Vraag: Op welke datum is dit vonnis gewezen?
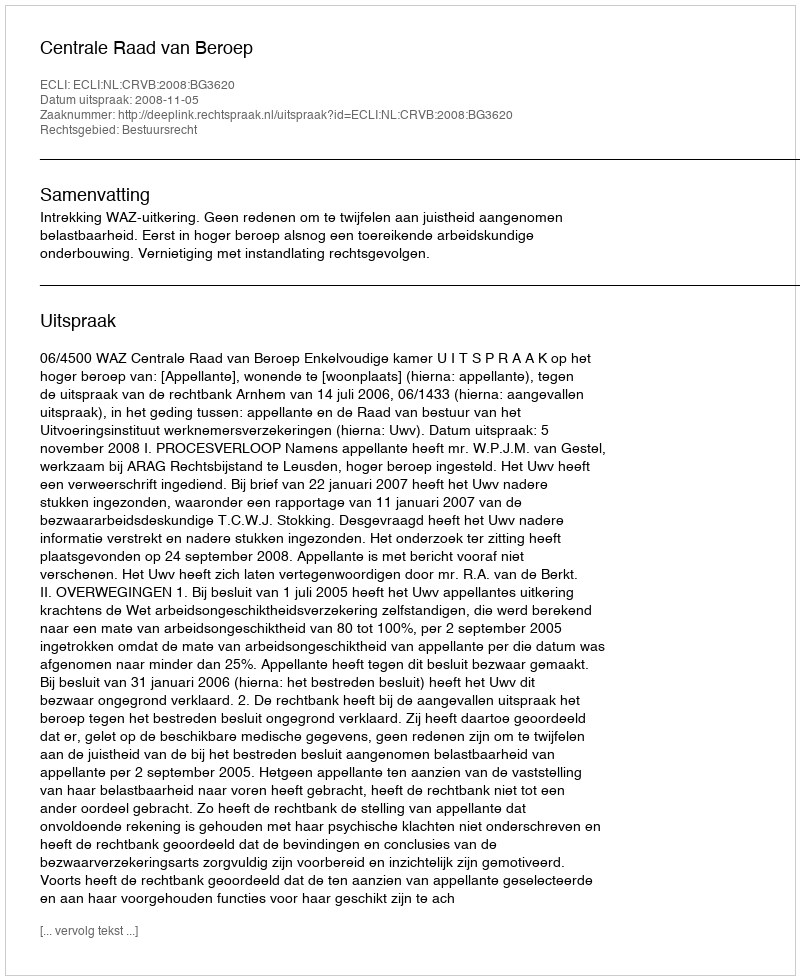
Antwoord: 2008-11-05